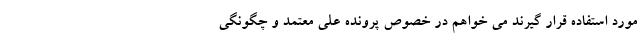
مورد استفاده قرار گیرند می خواهم در خصوص پرونده علی معتمد و چگونگی